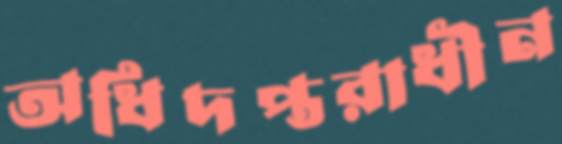
অধিদপ্তরাধীন